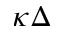
\kappa \Delta